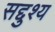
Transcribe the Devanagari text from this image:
सद्दुश्य